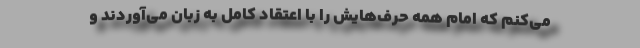
می‌کنم که امام همه حرف‌هایش را با اعتقاد کامل به زبان می‌آوردند و